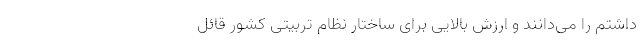
داشتم را می‌‌دانند و ارزش بالایی برای ساختار نظام تربیتی کشور قائل